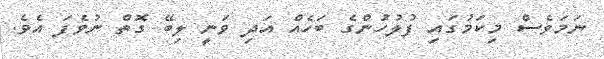
ނަމަވެސް މިކަމުގައި ފުލުހުންގެ ބަހެެއް އަދި ވަނީ ލިބޭ ގޮތް ނުވެފަ އެވެ.